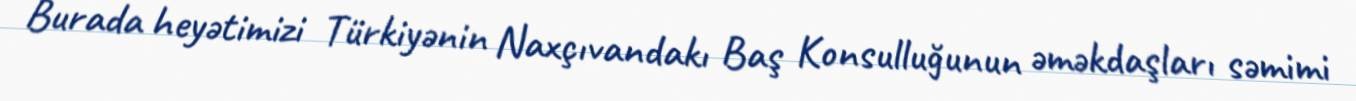
Burada heyətimizi Türkiyənin Naxçıvandakı Baş Konsulluğunun əməkdaşları səmimi